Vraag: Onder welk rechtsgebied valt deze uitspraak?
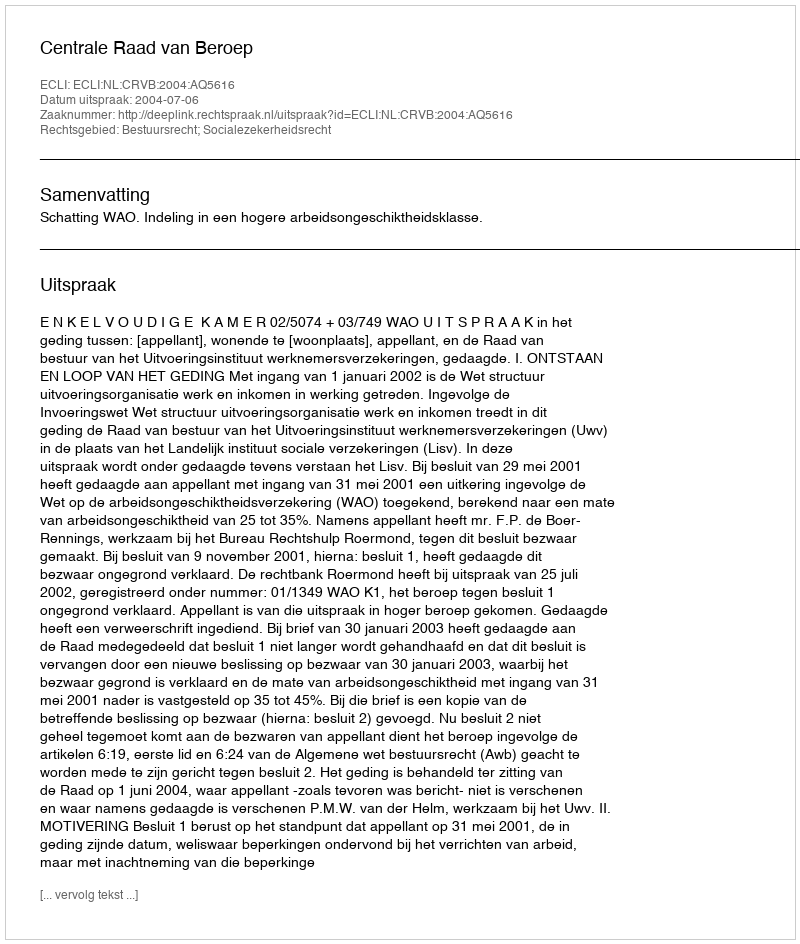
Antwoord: Bestuursrecht; Socialezekerheidsrecht